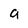
Character: 9